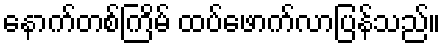
နောက်တစ်ကြိမ် ထပ်ဖောက်လာပြန်သည်။